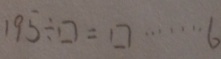
1 9 5 \div \square = \square \cdots 6